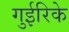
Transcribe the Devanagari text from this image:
गुईरिके